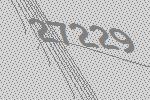
27229